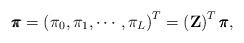
LaTeX: \begin{align*}\pmb {\pi} =\left( {{{\pi} _{0}},{{\pi} _{1}}, \cdots, {{\pi} _{L}}} \right)^{T} = \left({\mathbf{Z}}\right)^{T} \pmb {\pi},\end{align*}